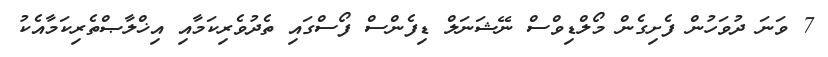
7 ވަނަ ދުވަހުން ފެށިގެން މޯލްޑިވްސް ނޭޝަނަލް ޑިފެންސް ފޯސްގައި ތެދުވެރިކަމާއި އިޚްލާޞްތެރިކަމާއެކު